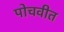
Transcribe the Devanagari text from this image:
पोचवीत